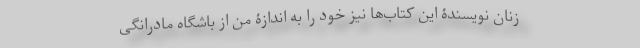
زنان نویسندۀ این کتاب‌ها نیز خود را به اندازۀ من از باشگاه مادرانگی